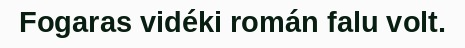
Fogaras vidéki román falu volt.